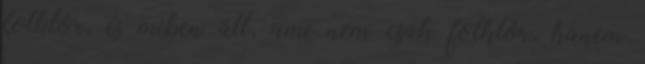
folklór, és miben áll, ami nem csak folklór, hanem